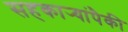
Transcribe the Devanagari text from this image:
सहकार्‍यांपैकी